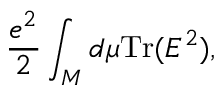
{ \frac { e ^ { 2 } } { 2 } } \int _ { \cal M } d \mu \mathrm { T r } ( E ^ { 2 } ) ,